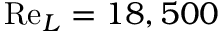
\mathrm { R e } _ { L } = 1 8 , 5 0 0